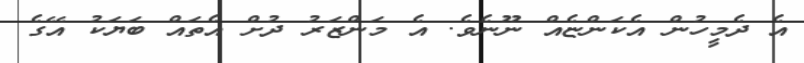
އެ ދެމީހުން އެކަންޏެއް ނޫނެވެ. އެ މަންޒަރު ދުށް އެތައް ބަޔަކު އޭގެ